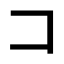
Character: コ